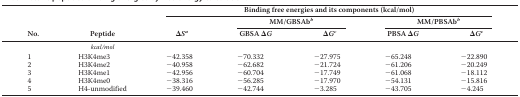
| <ROWSPAN=3> No. | <ROWSPAN=3> Peptide | <COLSPAN=5> Binding free energies and its components (kcal/mol) |
 | <ROWSPAN=2> ΔSa | <COLSPAN=2> MM/GBSAbb | <COLSPAN=2> MM/PBSAbb |
 | GBSA ΔG | ΔGc | PBSA ΔG | ΔGc |
 | --- | --- | --- | --- | --- | --- | --- |
 |  | kcal/mol |  |  |  |  |  |
 | 1 | H3K4me3 | −42.358 | −70.332 | −27.975 | −65.248 | −22.890 |
 | 2 | H3K4me2 | −40.958 | −62.682 | −21.724 | −61.206 | −20.249 |
 | 3 | H3K4me1 | −42.956 | −60.704 | −17.749 | −61.068 | −18.112 |
 | 4 | H3K4me0 | −38.316 | −56.285 | −17.970 | −54.131 | −15.816 |
 | 5 | H4-unmodified | −39.460 | −42.744 | −3.285 | −43.705 | −4.245 |